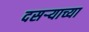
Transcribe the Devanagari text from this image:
दसऱ्‍याच्या